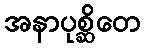
အနာပုစ္ဆိတေ